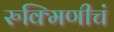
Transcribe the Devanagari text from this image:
रुक्मिणीचं